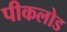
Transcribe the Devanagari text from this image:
पीकलोड